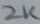
Text: 2K